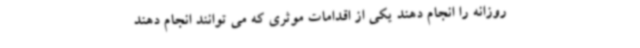
روزانه را انجام دهند یکی از اقدامات موثری که می توانند انجام دهند